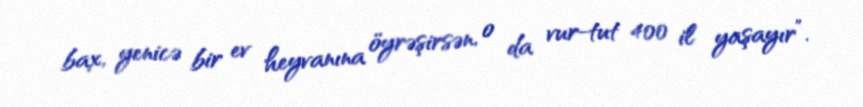
bax, yenicə bir ev heyvanına öyrəşirsən, o da vur-tut 400 il yaşayır”.